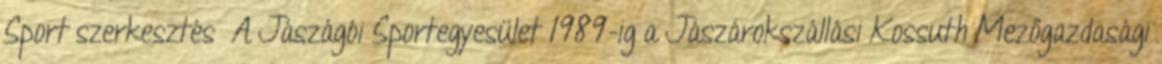
Sport szerkesztés A Jászágói Sportegyesület 1989-ig a Jászárokszállási Kossuth Mezőgazdasági